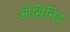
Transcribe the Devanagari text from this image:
ओसिनिड